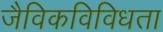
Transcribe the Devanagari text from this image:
जैविकविविधता